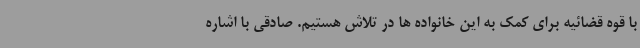
با قوه قضائیه برای کمک به این خانواده ها در تلاش هستیم. صادقی با اشاره